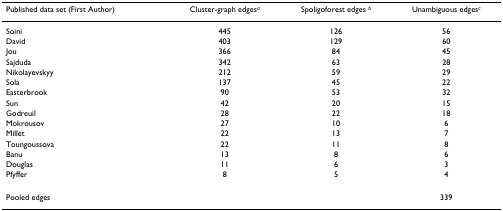
<table><thead><tr><td><b>Published data set (First Author)</b></td><td><b>Cluster-graph edges<sup><i>a</i></sup></b></td><td><b>Spoligoforest edges <sup><i>b</i></sup></b></td><td><b>Unambiguous edges<sup><i>c</i></sup></b></td></tr></thead><tbody><tr><td>Soini</td><td>445</td><td>126</td><td>56</td></tr><tr><td>David</td><td>403</td><td>129</td><td>60</td></tr><tr><td>Jou</td><td>366</td><td>84</td><td>45</td></tr><tr><td>Sajduda</td><td>342</td><td>63</td><td>28</td></tr><tr><td>Nikolayevskyy</td><td>212</td><td>59</td><td>29</td></tr><tr><td>Sola</td><td>137</td><td>45</td><td>22</td></tr><tr><td>Easterbrook</td><td>90</td><td>53</td><td>32</td></tr><tr><td>Sun</td><td>42</td><td>20</td><td>15</td></tr><tr><td>Godreuil</td><td>28</td><td>22</td><td>18</td></tr><tr><td>Mokrousov</td><td>27</td><td>10</td><td>6</td></tr><tr><td>Millet</td><td>22</td><td>13</td><td>7</td></tr><tr><td>Toungoussova</td><td>22</td><td>11</td><td>8</td></tr><tr><td>Banu</td><td>13</td><td>8</td><td>6</td></tr><tr><td>Douglas</td><td>11</td><td>6</td><td>3</td></tr><tr><td>Pfyffer</td><td>8</td><td>5</td><td>4</td></tr><tr><td>Pooled edges</td><td></td><td></td><td>339</td></tr></tbody></table>